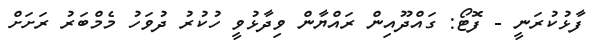
ފާޅުކުރަނީ - ފޮޓޯ: ގައްދޫއިން ރައްޔާން ވިދާޅުވީ ހުކުރު ދުވަހު މެމްބަރު ރަށަށް